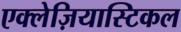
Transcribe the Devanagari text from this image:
एक्लेज़ियास्टिकल